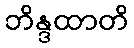
ဘိန္ဒထာတိ